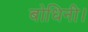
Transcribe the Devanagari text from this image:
बोधिनी।